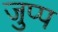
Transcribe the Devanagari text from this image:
जुप्प